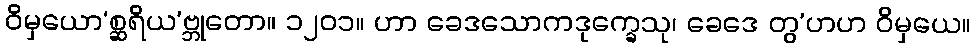
ဝိမှယော’စ္ဆရိယ’ဗ္ဘုတော။ ၁၂၀၁။ ဟာ ခေဒသောကဒုက္ခေသု၊ ခေဒေ တွ’ဟဟ ဝိမှယေ။